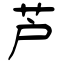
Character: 芦